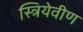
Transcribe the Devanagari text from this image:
स्त्रियेवीण